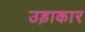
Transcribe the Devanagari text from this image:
उड़ाकार